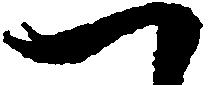
へ